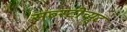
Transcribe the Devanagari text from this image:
सब्स्टीच्यूट